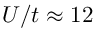
U / t \approx 1 2